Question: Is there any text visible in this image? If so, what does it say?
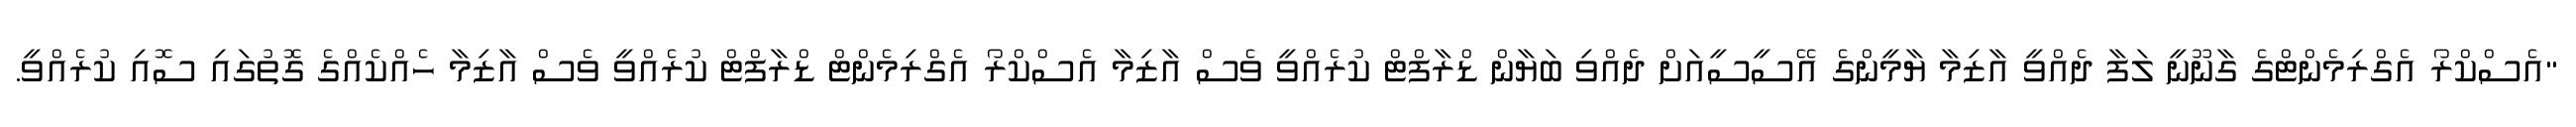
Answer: "އެސްކްރޯ އެގްރިމެންޓްގެ ގާނޫނީ ލަފާ ދެއްވީ އާޒިމާ ޔާމީންގެ އޭސީސީއަށް ދެއްވި ބަޔާން ޑްރާފްޓް ކުރެއްވީ ވެސް އާޒިމާ އެސްކްރޯ އެގްރިމެންޓް ޑްރާފްޓް ކުރެއްވީ ވެސް އާޒިމާ ހެއްކެއްގެ ގޮތުގައި ސޮއި ކުރެއްވީ.